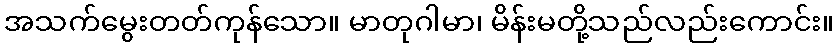
အသက်မွေးတတ်ကုန်သော။ မာတုဂါမာ၊ မိန်းမတို့သည်လည်းကောင်း။